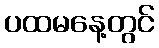
ပထမနေ့တွင်